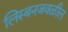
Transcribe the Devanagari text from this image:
लिस्बनजवळील